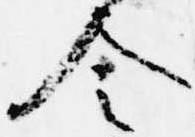
令